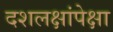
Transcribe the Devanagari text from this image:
दशलक्षांपेक्षा